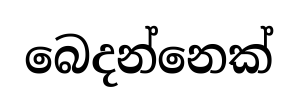
බෙදන්නෙක්